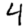
Digit: 4